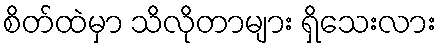
စိတ်ထဲမှာ သိလိုတာများ ရှိသေးလား